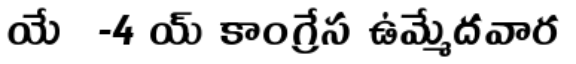
యేఀ-4 య్ కాంగ్రేస ఉమ్మేదవార